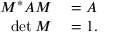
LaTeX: \begin{array} { r l } { M ^ { * } A M } & { { } = A } \\ { \operatorname* { d e t } M } & { { } = 1 . } \end{array}